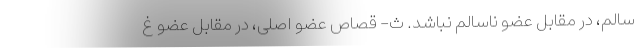
سالم، در مقابل عضو ناسالم نباشد. ث- قصاص عضو اصلی، در مقابل عضو غ